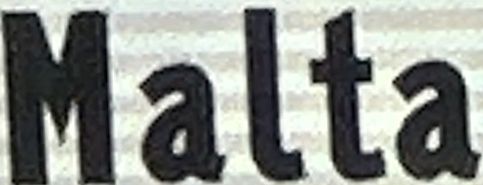
Malta